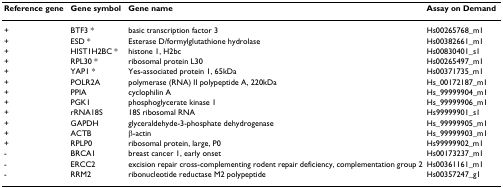
<table><thead><tr><td><b>Reference gene</b></td><td><b>Gene symbol</b></td><td><b>Gene name</b></td><td><b>Assay on Demand</b></td></tr></thead><tbody><tr><td>+</td><td>BTF3 *</td><td>basic transcription factor 3</td><td>Hs00265768_m1</td></tr><tr><td>+</td><td>ESD *</td><td>Esterase D/formylglutathione hydrolase</td><td>Hs00382661_m1</td></tr><tr><td>+</td><td>HIST1H2BC *</td><td>histone 1, H2bc</td><td>Hs00830401_s1</td></tr><tr><td>+</td><td>RPL30 *</td><td>ribosomal protein L30</td><td>Hs00265497_m1</td></tr><tr><td>+</td><td>YAP1 *</td><td>Yes-associated protein 1, 65kDa</td><td>Hs00371735_m1</td></tr><tr><td>+</td><td>POLR2A</td><td>polymerase (RNA) II polypeptide A, 220kDa</td><td>Hs_00172187_m1</td></tr><tr><td>+</td><td>PPIA</td><td>cyclophilin A</td><td>Hs_99999904_m1</td></tr><tr><td>+</td><td>PGK1</td><td>phosphoglycerate kinase 1</td><td>Hs_99999906_m1</td></tr><tr><td>+</td><td>rRNA18S</td><td>18S ribosomal RNA</td><td>Hs99999901_s1</td></tr><tr><td>+</td><td>GAPDH</td><td>glyceraldehyde-3-phosphate dehydrogenase</td><td>Hs_99999905_m1</td></tr><tr><td>+</td><td>ACTB</td><td>β-actin</td><td>Hs_99999903_m1</td></tr><tr><td>+</td><td>RPLP0</td><td>ribosomal protein, large, P0</td><td>Hs99999902_m1</td></tr><tr><td>-</td><td>BRCA1</td><td>breast cancer 1, early onset</td><td>Hs00173237_m1</td></tr><tr><td>-</td><td>ERCC2</td><td>excision repair cross-complementing rodent repair deficiency, complementation group 2</td><td>Hs00361161_m1</td></tr><tr><td>-</td><td>RRM2</td><td>ribonucleotide reductase M2 polypeptide</td><td>Hs00357247_g1</td></tr></tbody></table>